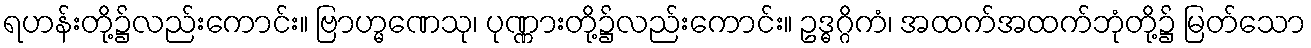
ရဟန်းတို့၌လည်းကောင်း။ ဗြာဟ္မဏေသု၊ ပုဏ္ဏားတို့၌လည်းကောင်း။ ဥဒ္ဓဂ္ဂိကံ၊ အထက်အထက်ဘုံတို့၌ မြတ်သော